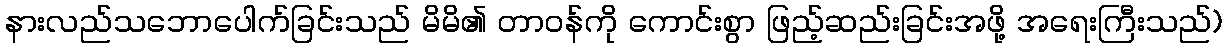
နားလည်သဘောပေါက်ခြင်းသည် မိမိ၏ တာဝန်ကို ကောင်းစွာ ဖြည့်ဆည်းခြင်းအဖို့ အရေးကြီးသည်)